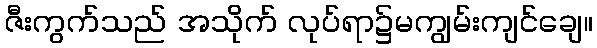
ဇီးကွက်သည် အသိုက် လုပ်ရာ၌မကျွမ်းကျင်ချေ။